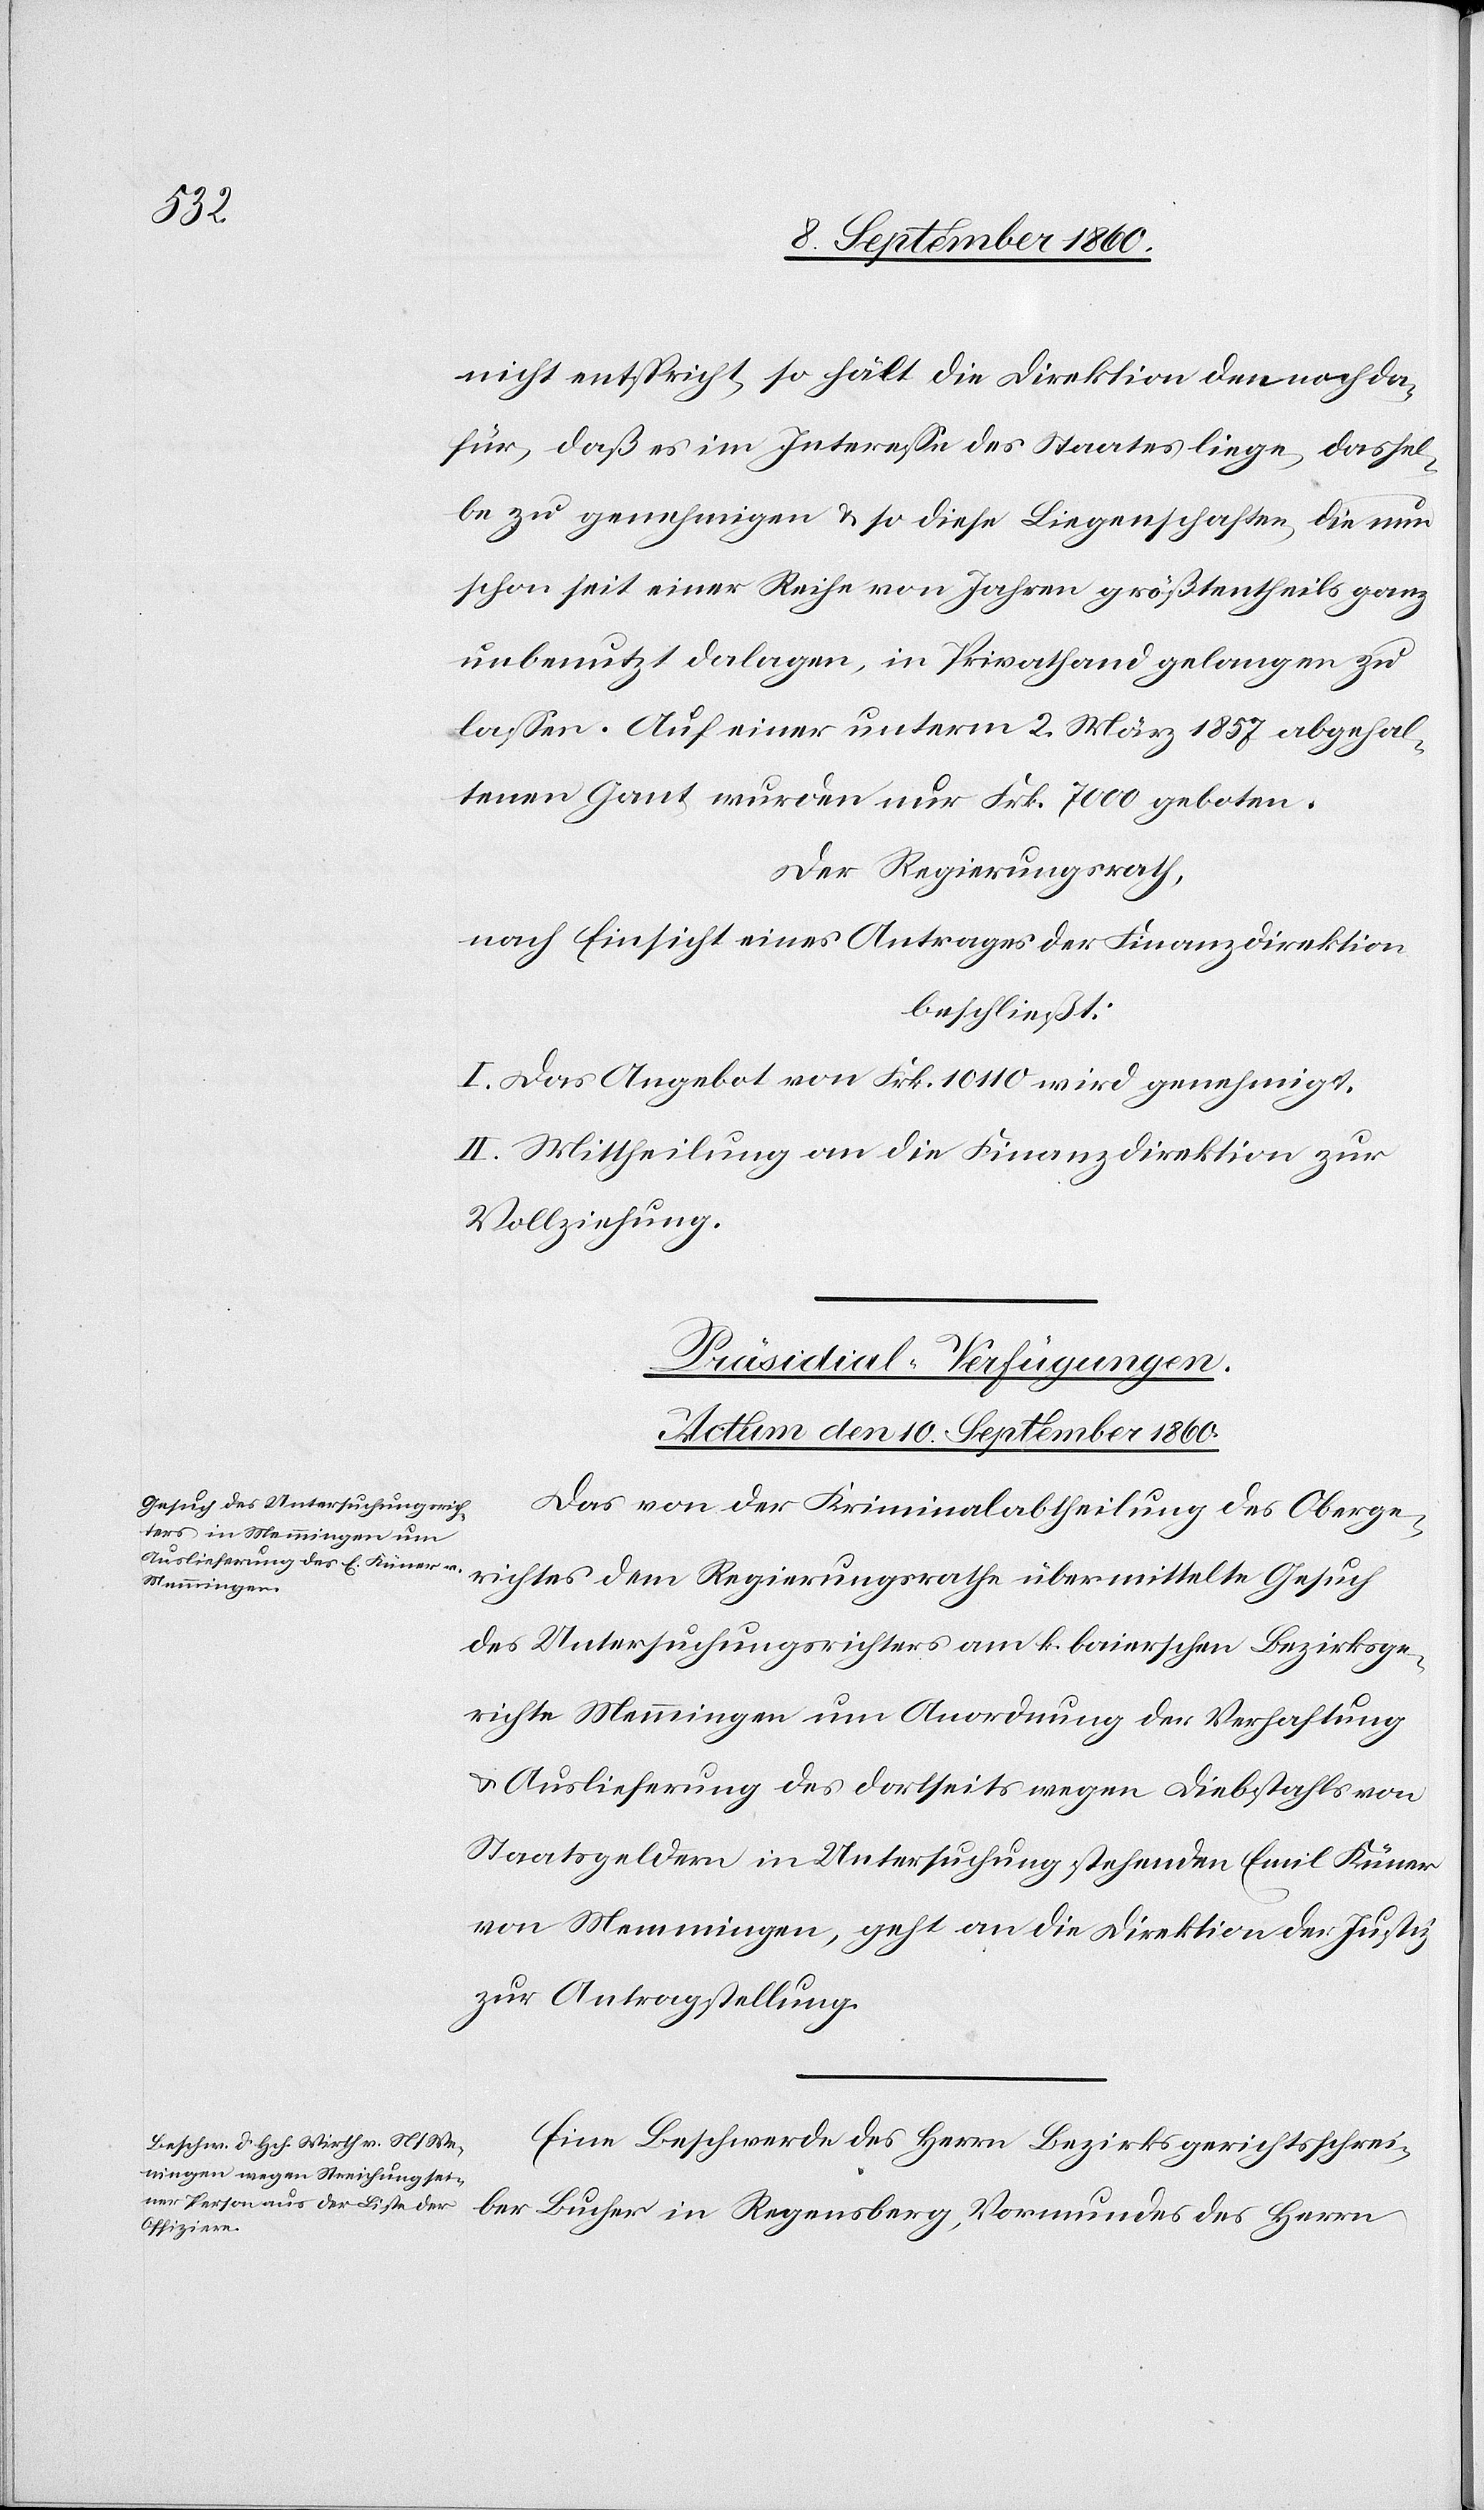
nicht entspricht, so hält die Direktion dennoch da¬
für, dass es im Interesse des Staates liege, dassel¬
be zu genehmigen u. so diese Liegenschaften, die nun
schon seit einer Reihe von Jahren grösstentheils ganz
unbenutzt dalagen in Privathand gelangen zu
lassen. Auf einer unterm 2. März 1857 abgehal¬
tenen Gant wurden nur fcs. 7000 geboten.
Der Regierungsrath,
nach Einsicht eines Antrages der Finanzdirektion,
beschliesst:
I. Das Angebot fcs. 10 110 wird genehmigt.
II. Mittheilung an die Finanzdirektion zur
Vollziehung.
[Präsidial-Verfügungen.
Actum, den 10. September 1860.]
Das von der Kriminal-Abtheilung des Oberge¬
richtes dem Regierungsrathe übermittelte Gesuch
des Untersuchungsrichters am k. bairischen Bezirksge¬
richte Memmingen um Anordnung der Verhaftung
u. Auslieferung des dortseits wegen Diebstals von
Staatsgeldern in Untersuchung stehenden Emil Küner
von Memmingen geht an die Direktion der Justiz
zur Antragstellung.
Eine Beschwerde des Herrn Bezirksgerichtsschrei¬
Herrn